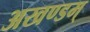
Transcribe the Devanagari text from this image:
अखण्डम्